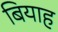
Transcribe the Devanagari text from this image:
बियाह